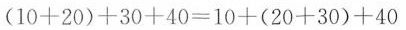
$$(10+20)+30+40=10+(20+30)+40$$